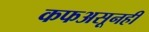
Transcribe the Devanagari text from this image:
कफअसूनही